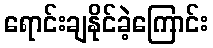
ရောင်းချနိုင်ခဲ့ကြောင်း